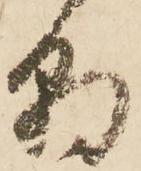
朝